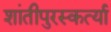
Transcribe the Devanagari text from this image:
शांतीपुरस्कर्त्या